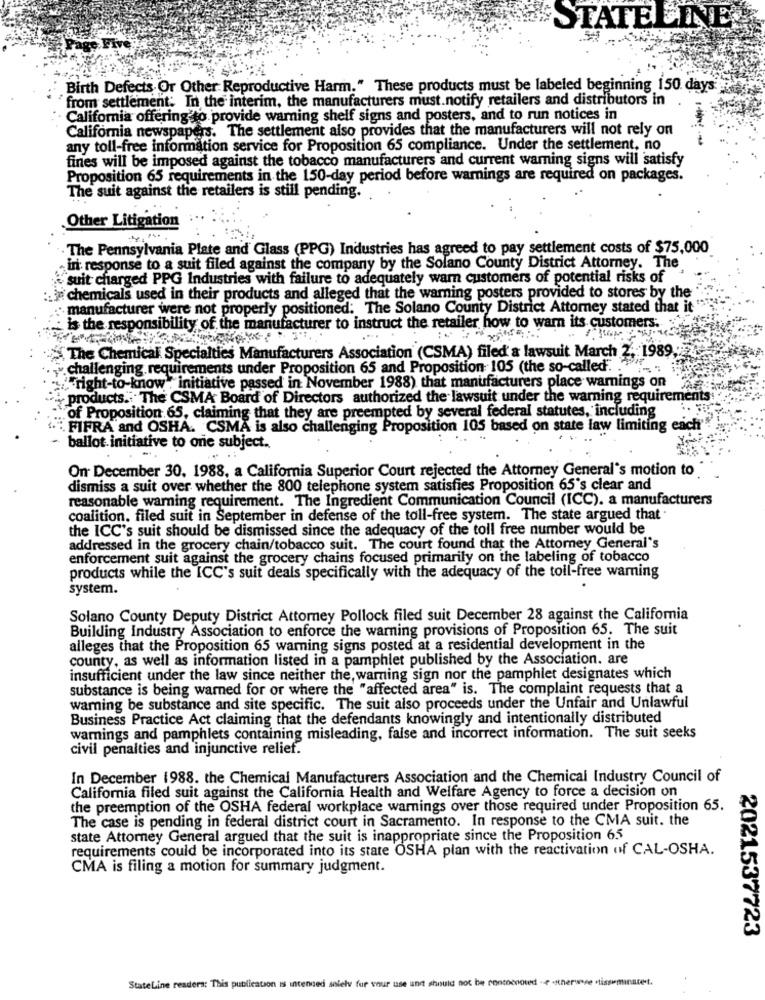
STATELINE
Birth Defects Or Other Reproductive Harm." These products must be labeled beginning 150 days
from settlement: In the interim, the manufacturers must.notify retailers and distributors in
California offering to provide warning shelf signs and posters, and to run notices in
California newspapers. The settlement also provides that the manufacturers will not rely on
any toll-free information service for Proposition 65 compliance. Under the settlement, no
fines will be imposed against the tobacco manufacturers and current warning signs will satisfy
Proposition 65 requirements in the 150-day period before warnings are required on packages.
The suit against the retailers is still pending.
Other Litigation
The Pennsylvania Plate and Glass (PPG) Industries has agreed to pay settlement costs of $75,000
in response to a suit filed against the company by the Solano County District Attorney. The
"suit charged PPG Industries with failure to adequately warn customers of potential risks of
chemicals used in their products and alleged that the warning posters provided to stores by the
manufacturer were not properly positioned: The Solano County District Attorney stated that it
is the responsibility of the manufacturer to instruct the retailer how to warn its customers.
The Chemical Specialties Manufacturers Association (CSMA) filed & lawsuit March 2. 1989
challenging requirements under Proposition 65 and Proposition 105 (the so-called".
" right-to-know" initiative passed in November 1988) that manufacturers place warnings on
products. The CSMA Board of Directors authorized the lawsuit under the warning requirements
of Proposition 65, claiming that they are preempted by several federal statutes, including
" FIFRA and OSHA. CSMA is also challenging Proposition 105 based on state law limiting each"
ballot. initiative to one subject.
On December 30, 1988, a California Superior Court rejected the Attorney General's motion to
dismiss a suit over whether the 800 telephone system satisfies Proposition 65's clear and
reasonable warning requirement. The Ingredient Communication Council (ICC). a manufacturers
coalition. filed suit in September in defense of the toll-free system. The state argued that
the ICC's suit should be dismissed since the adequacy of the toll free number would be
addressed in the grocery chain/tobacco suit. The court found that the Attorney General's
enforcement suit against the grocery chains focused primarily on the labeling of tobacco
products while the ICC's suit deals specifically with the adequacy of the toll-free warning
system.
Solano County Deputy District Attorney Pollock filed suit December 28 against the California
Building Industry Association to enforce the warning provisions of Proposition 65. The suit
alleges that the Proposition 65 warning signs posted at a residential development in the
county, as well as information listed in a pamphlet published by the Association. are
insufficient under the law since neither the, warning sign nor the pamphlet designates which
substance is being warned for or where the "affected area" is. The complaint requests that a
warning be substance and site specific. The suit also proceeds under the Unfair and Unlawful
Business Practice Act claiming that the defendants knowingly and intentionally distributed
warnings and pamphlets containing misleading, false and incorrect information. The suit seeks
civil penalties and injunctive relief.
In December 1988. the Chemical Manufacturers Association and the Chemical Industry Council of
California filed suit against the California Health and Welfare Agency to force a decision on
the preemption of the OSHA federal workplace warnings over those required under Proposition 65.
The case is pending in federal district court in Sacramento. In response to the CMA suit. the
state Attorney General argued that the suit is inappropriate since the Proposition 65
requirements could be incorporated into its state OSHA plan with the reactivation of CAL-OSHA.
CMA is filing a motion for summary judgment.
2021537723
StateLine readers: This publication is intended solely for your use und should not be roncocored -e .there stisseminaret,